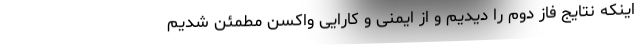
اینکه نتایج فاز دوم را دیدیم و از ایمنی و کارایی واکسن مطمئن شدیم